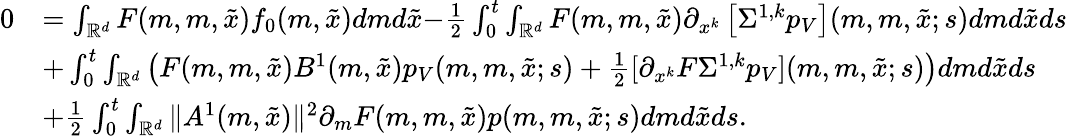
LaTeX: \begin{array}{rl}{0}&{=\int_{\mathbb{R}^{d}}F(m,m,\tilde{x})f_{0}(m,\tilde{x})dmd\tilde{x}{-\frac{1}{2}\int_{0}^{t}\int_{{\mathbb R}^{d}}F(m,m,\tilde{x})\partial_{x^{k}}\left[\Sigma^{1,k}p_{V}\right](m,m,\tilde{x};s)dmd\tilde{x}ds}}\\ &{+\int_{0}^{t}\int_{{\mathbb R}^{d}}\left(F(m,m,\tilde{x})B^{1}(m,\tilde{x})p_{V}(m,m,\tilde{x};s)+\frac{1}{2}[\partial_{x^{k}}F\Sigma^{1,k}p_{V}](m,m,\tilde{x};s)\right)dmd\tilde{x}ds}\\ &{+{\frac{1}{2}}\int_{0}^{t}\int_{\mathbb{R}^{d}}{\| A^{1}(m,\tilde{x})\| ^{2}}\partial_{m}F(m,m,\tilde{x}){p(m,m,\tilde{x};s)}dmd\tilde{x}ds.}\end{array}